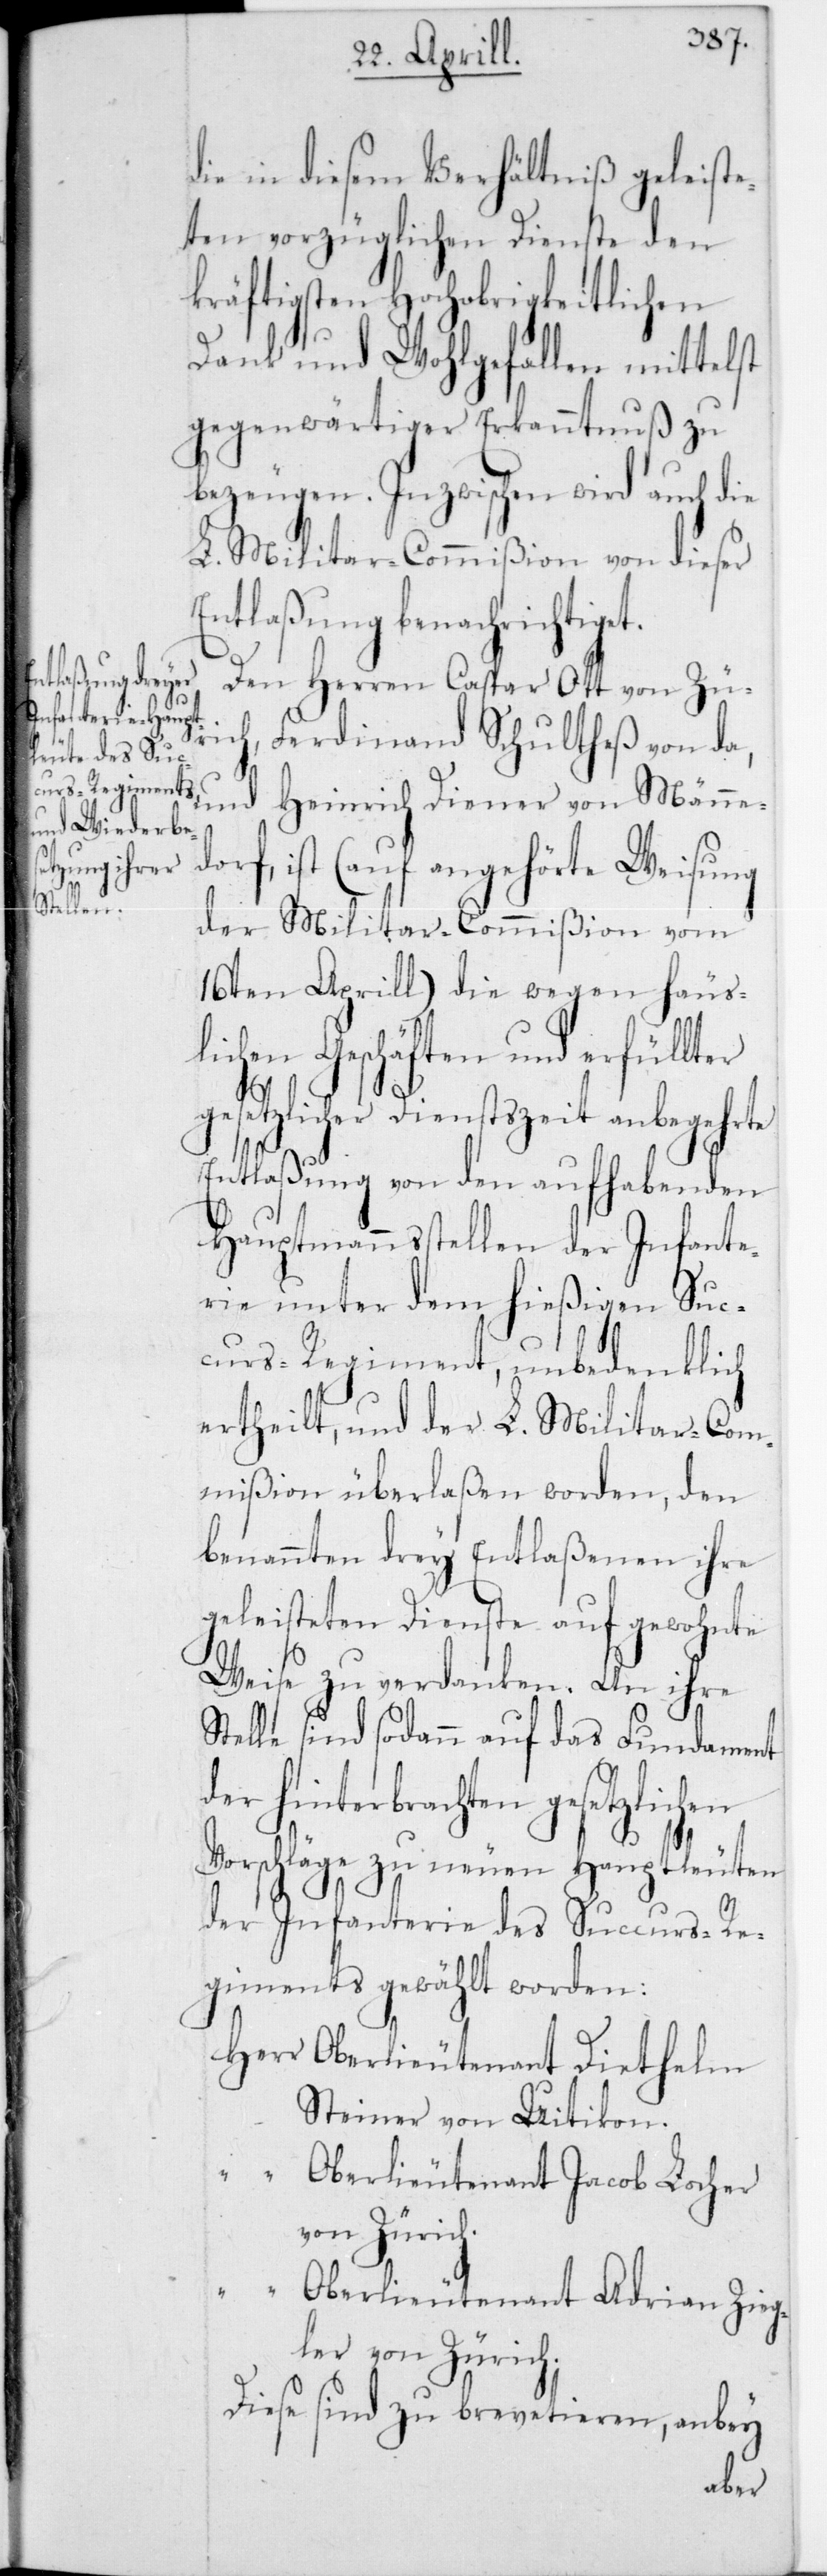
die in diesem Verhältniß geleiste¬
ten vorzüglichen Dienste den
kräftigsten Hochobrigkeitlichen
Dank und Wohlgefallen mittelst
gegenwärtiger Erkanntnuß zu
bezeugen. Inzwischen wird auch die
L. Militar-Commißion von dieser
Entlaßung benachrichtiget.
ges¬
Den Herren Caspar Ott von Zü¬
rich, Ferdinand Schultheß von d¬
a, und Heinrich Diener von Männed¬
orf, ist (auf angehörte Weisung
der Militar-Commißion vom
16ten Aprill) die wegen häus¬
lichen Geschäften und erfüllter
etzlicher Dienstszeit anbegehrte
Entlaßung von den aufhabenden
Hauptmannsstellen der Infante¬
rie unter dem hießigen Suc¬
curs-Regiment, unbedenklich
ertheilt, und der L. Militar-Com¬
mißion überlaßen worden, den
benannten drey Entlaßenen ihre
geleisteten Dienste auf gewohnte
Weise zu verdanken. An ihre
Stelle sind sodann auf das Fundament
hinterbrachten gesetzlichen
Vorschläge zu neuen Hauptleuten
der Infanterie des Succurs-Re¬
giments gewählt worden:
Oberlieutenant Diethelm
Steiner von Uitikon.
“
Oberlieutenant Jacob Locher
von Zürich.
Oberlieutenant Adrian Zieg¬
ler von Zürich.
Diese sind zu brevetieren, anbey